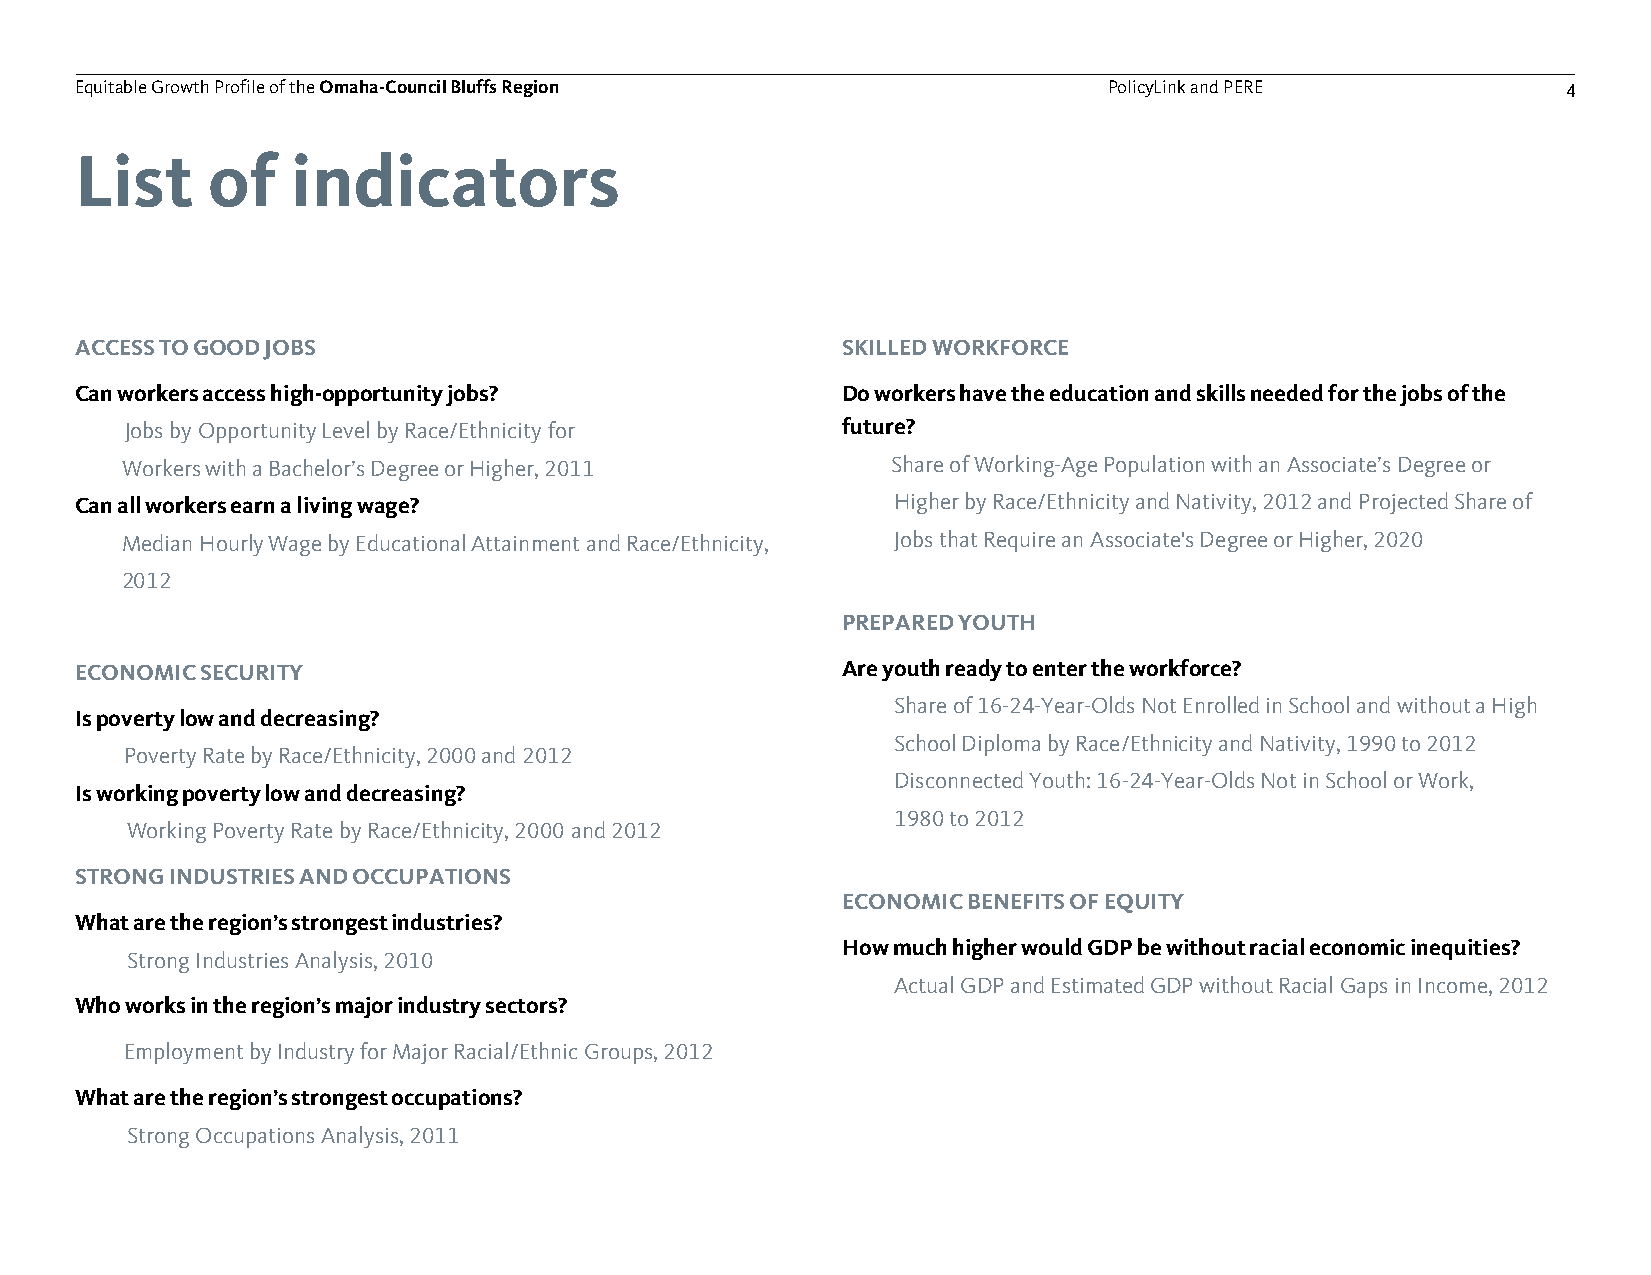
Equitable Growth Profile of theOmaha-Council Bluffs Region          PolicyLink and PERE            4
 List     of   indicators
 ACCESS TO GOOD JOBS                                SKILLED WORKFORCE
 Can workers access high-opportunity jobs?          Do workers have the education and skills needed for the jobs of the
 Jobs by Opportunity Level by Race/Ethnicity for future?
 Workers with a Bachelor’s Degree or Higher, 2011   Share of Working-Age Population with an Associate’s Degree or
 Can all workers earn a living wage?                   Higher by Race/Ethnicity and Nativity, 2012 and Projected Share of
 Median Hourly Wage by Educational Attainment and Race/Ethnicity, Jobs that Require an Associate's Degree or Higher, 2020
 2012
 PREPARED YOUTH
 ECONOMIC SECURITY                                  Are youth ready to enter the workforce?
 Share of 16-24-Year-Olds Not Enrolled in School and without a High
 Is poverty low and decreasing?
 School Diploma by Race/Ethnicity and Nativity, 1990 to 2012
 Poverty Rate by Race/Ethnicity, 2000 and 2012
 Disconnected Youth: 16-24-Year-Olds Not in School or Work,
 Is working poverty low and decreasing?
 1980 to 2012
 Working Poverty Rate by Race/Ethnicity, 2000 and 2012
 STRONG INDUSTRIES AND OCCUPATIONS
 ECONOMIC BENEFITS OF EQUITY
 What are the region’s strongest industries?
 How much higher would GDP be without racial economic inequities?
 Strong Industries Analysis, 2010
 Actual GDP and Estimated GDP without Racial Gaps in Income, 2012
 Who works in the region’s major industry sectors?
 Employment by Industry for Major Racial/Ethnic Groups, 2012
 What are the region’s strongest occupations?
 Strong Occupations Analysis, 2011